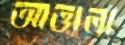
আত্তালা